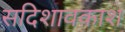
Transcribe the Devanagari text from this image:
सदिशावकाश